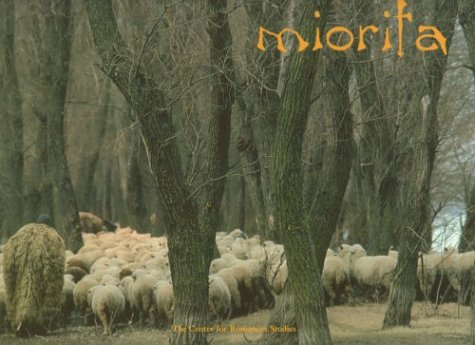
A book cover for Miorita: An Icon of Romanian Culture; History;